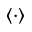
\langle \cdot \rangle